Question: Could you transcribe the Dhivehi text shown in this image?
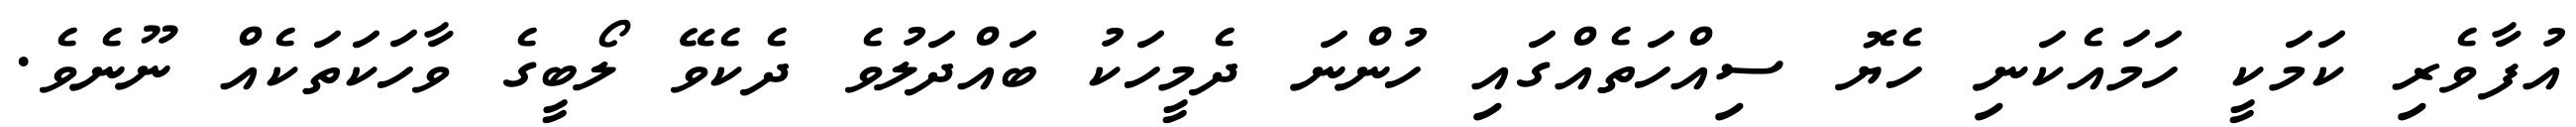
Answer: އުފާވެރި ކަމަކީ ހަމައެކަނި ހެޔޮ ސިއްހަތެއްގައި ހުންނަ ދެމީހަކު ބައްދަލުވެ ދެކެވޭ ލޯބީގެ ވާހަކަތަކެއް ނޫނެވެ.